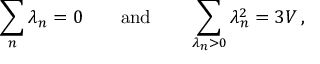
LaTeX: \sum _ { n } \lambda _ { n } = 0 \qquad \mathrm { a n d } \qquad \sum _ { \lambda _ { n } > 0 } \lambda _ { n } ^ { 2 } = 3 V \: ,